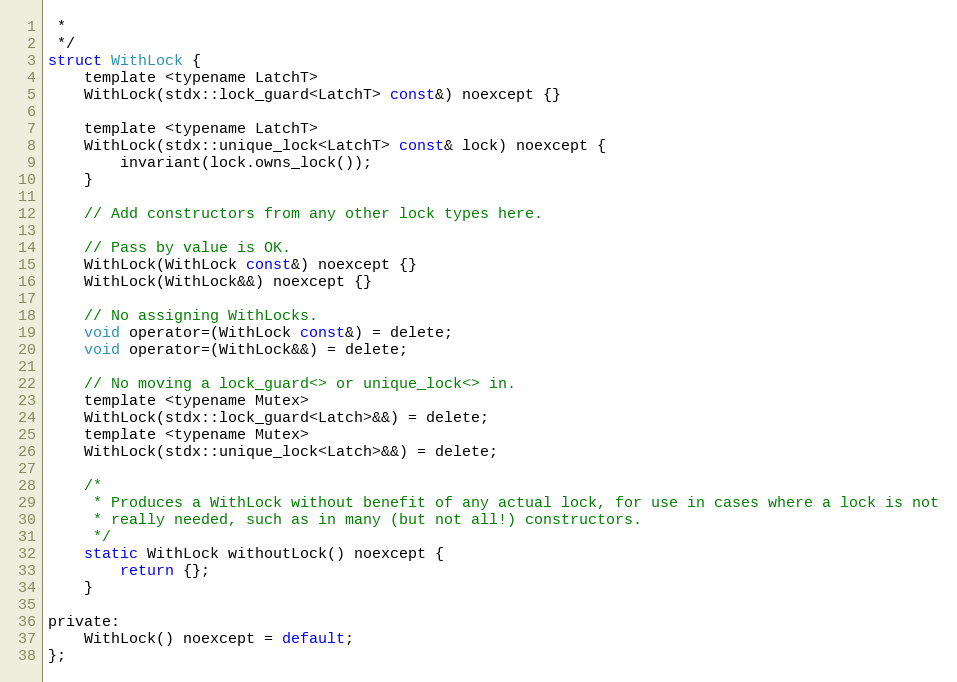
Language: C
 *
 */
struct WithLock {
    template <typename LatchT>
    WithLock(stdx::lock_guard<LatchT> const&) noexcept {}

    template <typename LatchT>
    WithLock(stdx::unique_lock<LatchT> const& lock) noexcept {
        invariant(lock.owns_lock());
    }

    // Add constructors from any other lock types here.

    // Pass by value is OK.
    WithLock(WithLock const&) noexcept {}
    WithLock(WithLock&&) noexcept {}

    // No assigning WithLocks.
    void operator=(WithLock const&) = delete;
    void operator=(WithLock&&) = delete;

    // No moving a lock_guard<> or unique_lock<> in.
    template <typename Mutex>
    WithLock(stdx::lock_guard<Latch>&&) = delete;
    template <typename Mutex>
    WithLock(stdx::unique_lock<Latch>&&) = delete;

    /*
     * Produces a WithLock without benefit of any actual lock, for use in cases where a lock is not
     * really needed, such as in many (but not all!) constructors.
     */
    static WithLock withoutLock() noexcept {
        return {};
    }

private:
    WithLock() noexcept = default;
};